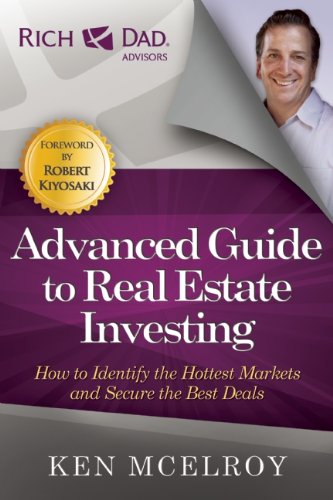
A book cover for The Advanced Guide to Real Estate Investing: How to Identify the Hottest Markets and Secure the Best Deals (Rich Dad's Advisors); Ken McElroy; Business & Money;